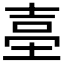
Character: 𡌬